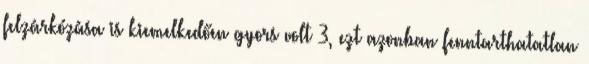
felzárkózása is kiemelkedően gyors volt 3, ezt azonban fenntarthatatlan